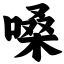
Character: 嗓